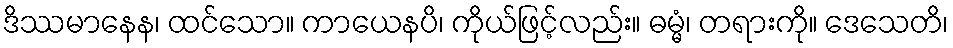
ဒိဿမာနေန၊ ထင်သော။ ကာယေနပိ၊ ကိုယ်ဖြင့်လည်း။ ဓမ္မံ၊ တရားကို။ ဒေသေတိ၊